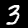
Label: 3